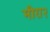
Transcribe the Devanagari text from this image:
मीरा२